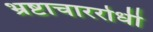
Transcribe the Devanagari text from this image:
भ्रष्टाचाररोधी